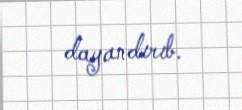
dayandırıb.